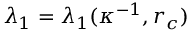
\lambda _ { 1 } = \lambda _ { 1 } ( \kappa ^ { - 1 } , r _ { c } )